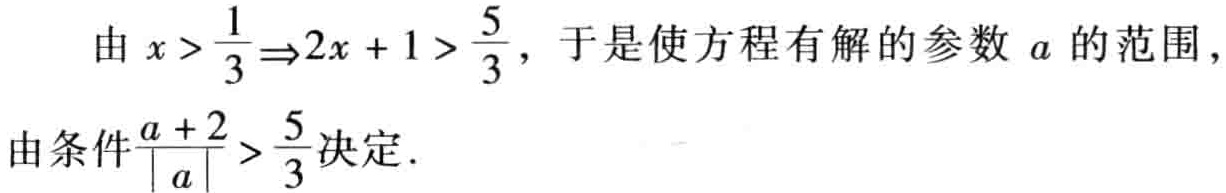
由 \(x > \frac{1}{3} \Rightarrow 2x + 1 > \frac{5}{3}\)，于是使方程有解的参数 \(a\) 的范围，
由条件\(\frac{a + 2}{\vert a \vert} > \frac{5}{3}\)决定.